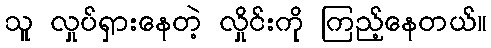
သူ လှုပ်ရှားနေတဲ့ လှိုင်းကို ကြည့်နေတယ်။